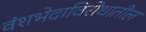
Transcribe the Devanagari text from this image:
वंशभेदाविरोधातील